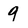
Character: 9